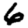
Digit: 6